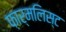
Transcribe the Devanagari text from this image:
फ़ार्मलिस्ट